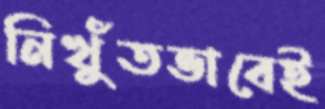
নিখুঁতভাবেই